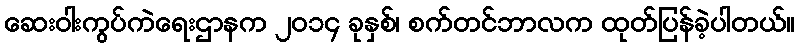
ဆေးဝါးကွပ်ကဲရေးဌာနက ၂၀၁၄ ခုနှစ်၊ စက်တင်ဘာလက ထုတ်ပြန်ခဲ့ပါတယ်။